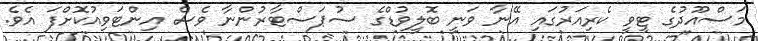
މަސްއޫދުގެ ޓީވީ ކެރިއަރުގައި އޭނާ ވަނީ ބޮލީވުޑްގެ ސުޕަސްޓާރުންނާ ވެސް އިންޓަވިއުކޮށްފަ އެވެ.